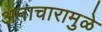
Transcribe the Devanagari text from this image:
अनाचारामुळे